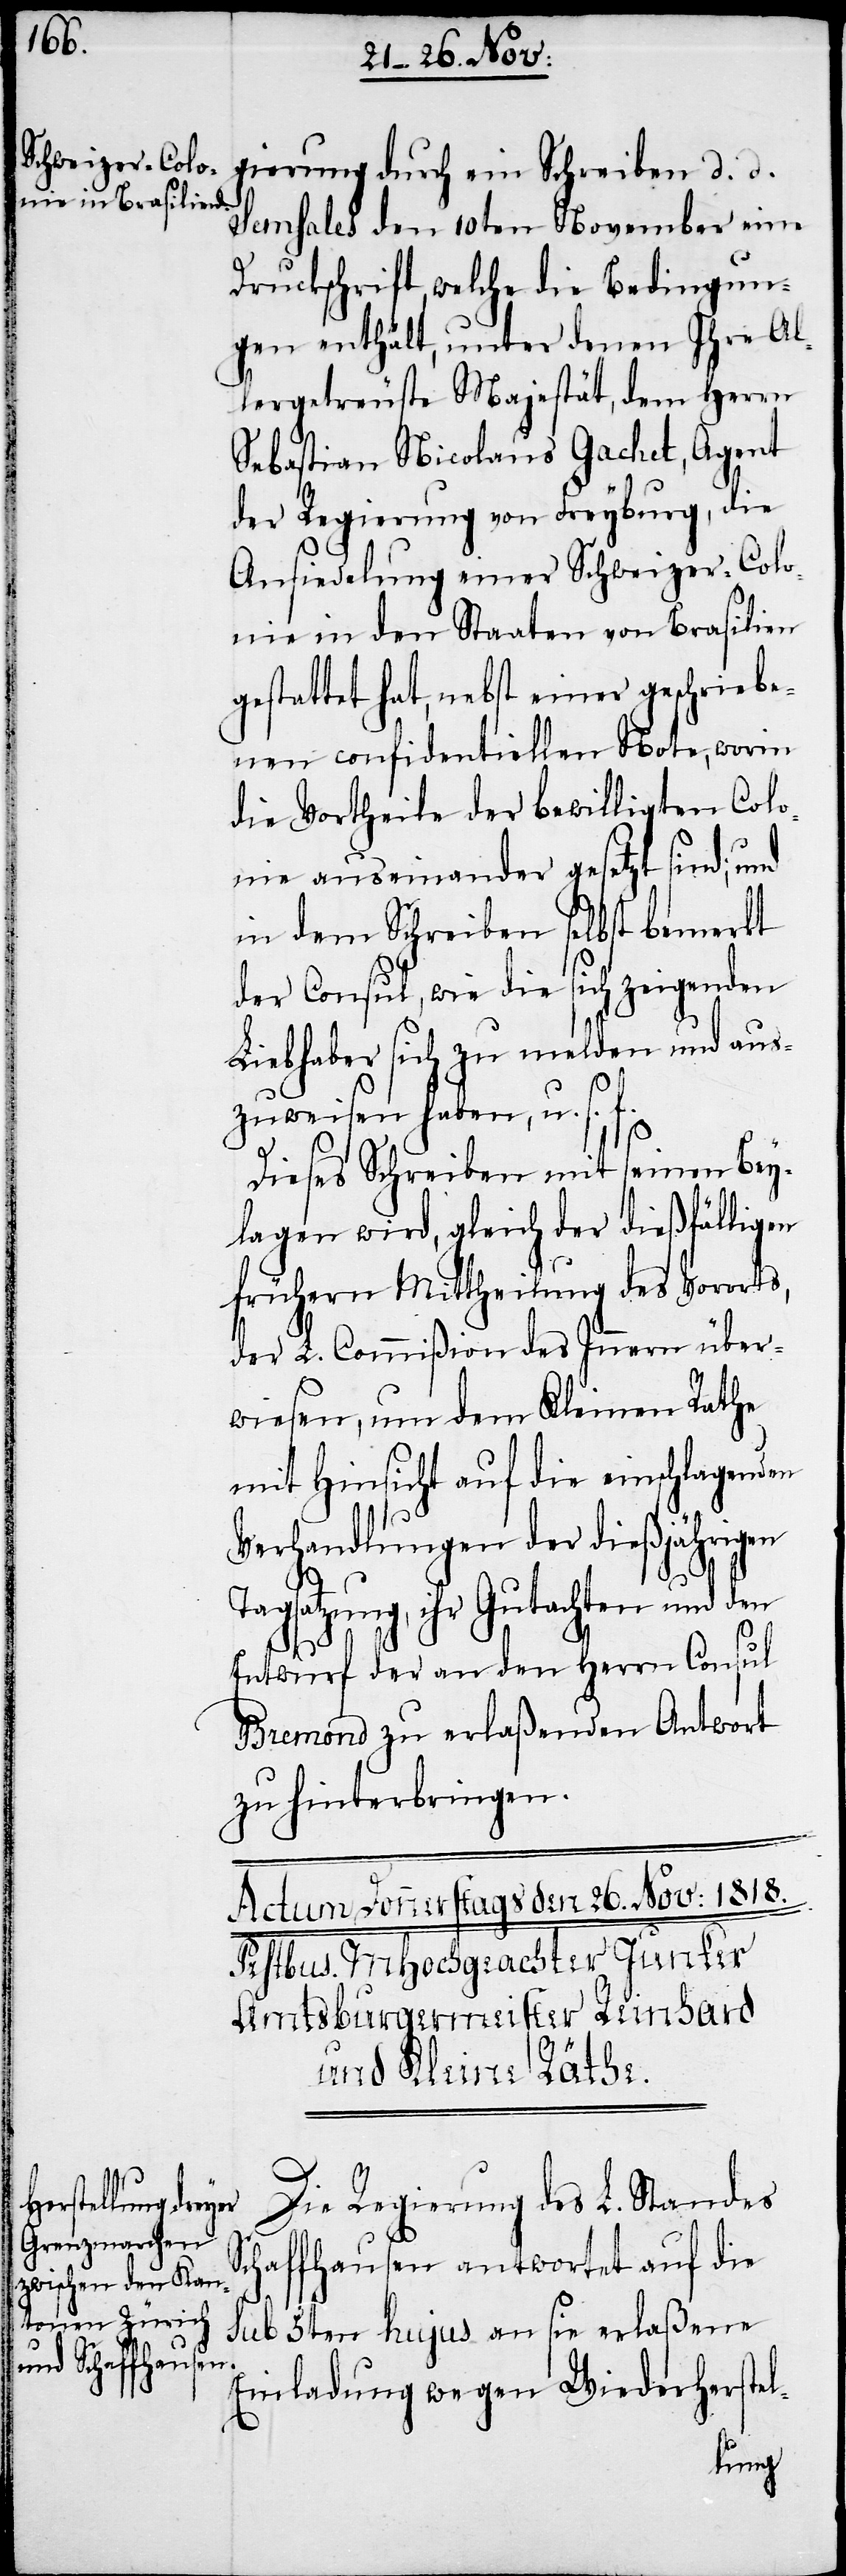
Ta¬

gierung durch ein Schreiben d. d.
Semhales den 10ten November eine
Druckschrift, welche die Bedingun¬
gen enthält, unter denen Ihre Al¬
lergetreuste Majestät, dem Herrn
Sebastian Nicolaus Gachet, Agent
der Regierung von Freyburg, die
Ansiedelung einer Schweizer-Colo¬
nie in den Staaten von Brasilien
gestattet hat, nebst einer geschriebe¬
nen confidentiellen Note, worin
die Vortheile der bewilligten Colo¬
nie auseinander gesetzt sind; und
in dem Schreiben selbst bemerkt
der Consul, wie die sich zeigenden
Liebhaber sich zu melden und aus¬
zuweisen haben, u. s. f.
Dieses Schreiben mit seinen Bey¬
lagen wird, gleich der dießfälligen
frühern Mittheilung des Vororts,
der L. Commißion des Innern über¬
wiesen, um dem Kleinen Rathe
mit Hinsicht auf die einschlagenden
Verhandlungen der dießjährigen
gsatzung, ihr Gutachten und den
Entwurf der an den Herrn Consul
Bremond zu erlaßenden Antwort
zu hinterbringen.
Die Regierung des L. Standes
Schaffhausen antwortet auf die
sub 5ten hujus an sie erlaßene
Einladung wegen Wiederherstel-